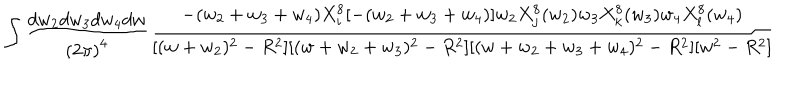
LaTeX: \int \frac { d w _ { 2 } d w _ { 3 } d w _ { 4 } d w } { { ( 2 \pi ) } ^ { 4 } } \frac { - ( w _ { 2 } + w _ { 3 } + w _ { 4 } ) X _ { i } ^ { 8 } [ - ( w _ { 2 } + w _ { 3 } + w _ { 4 } ) ] w _ { 2 } X _ { j } ^ { 8 } ( w _ { 2 } ) w _ { 3 } X _ { k } ^ { 8 } ( w _ { 3 } ) w _ { 4 } X _ { l } ^ { 8 } ( w _ { 4 } ) } { [ ( w + w _ { 2 } ) ^ { 2 } - R ^ { 2 } ] [ ( w + w _ { 2 } + w _ { 3 } ) ^ { 2 } - R ^ { 2 } ] [ ( w + w _ { 2 } + w _ { 3 } + w _ { 4 } ) ^ { 2 } - R ^ { 2 } ] [ w ^ { 2 } - R ^ { 2 } ] }